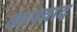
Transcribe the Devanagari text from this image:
आपवाद